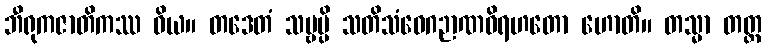
ဘီရုကဇာတိကဿ ဝိယ။ တဒေတံ သဗ္ဗမ္ပိ သတိသံဝေဂဉာဏဝိရဟတော ဟောတိ။ တသ္မာ တတ္ထ